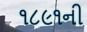
૧૮૯૧ની